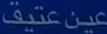
عين-عتيق